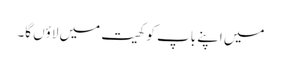
میں اپنے باپ کو کھیت میں لاؤں گا۔